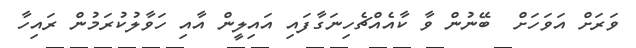
ވަރަށް އަވަހަށް  ބޭނުން ވާ ކާއެއްޗެހިނަގާފައި އައިލީން އާއި ހަވާލުކުރަމުން ރައިހާ